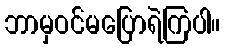
ဘာမှဝင်မပြောရဲကြပါ။